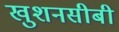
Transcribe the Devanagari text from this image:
खुशनसीबी